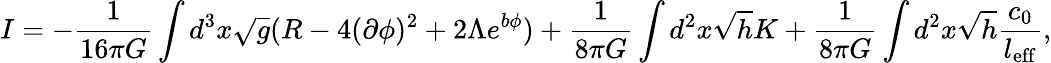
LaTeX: I=-\frac{1}{16\pi G}\int d^{3}x\sqrt{g}(R-4(\partial\phi)^{2}+2\Lambda e^{b\phi})+\frac{1}{8\pi G}\int d^{2}x\sqrt{h}K+\frac{1}{8\pi G}\int d^{2}x\sqrt{h}\frac{c_{0}}{l_{\mathrm{eff}}},